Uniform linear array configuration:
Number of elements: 12
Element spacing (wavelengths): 1
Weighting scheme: cosine
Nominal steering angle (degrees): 60
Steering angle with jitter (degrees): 58.981
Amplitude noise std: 0.05
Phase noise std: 0.05

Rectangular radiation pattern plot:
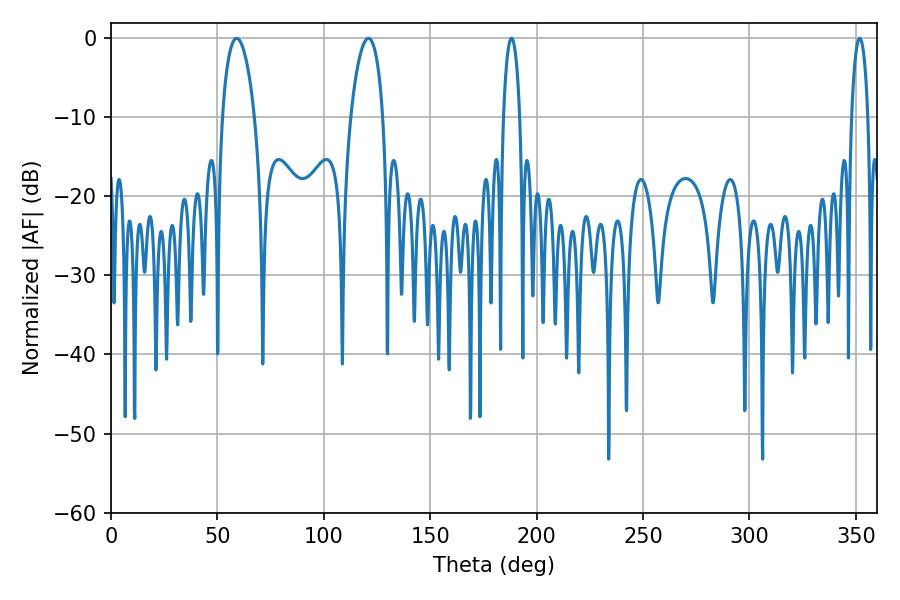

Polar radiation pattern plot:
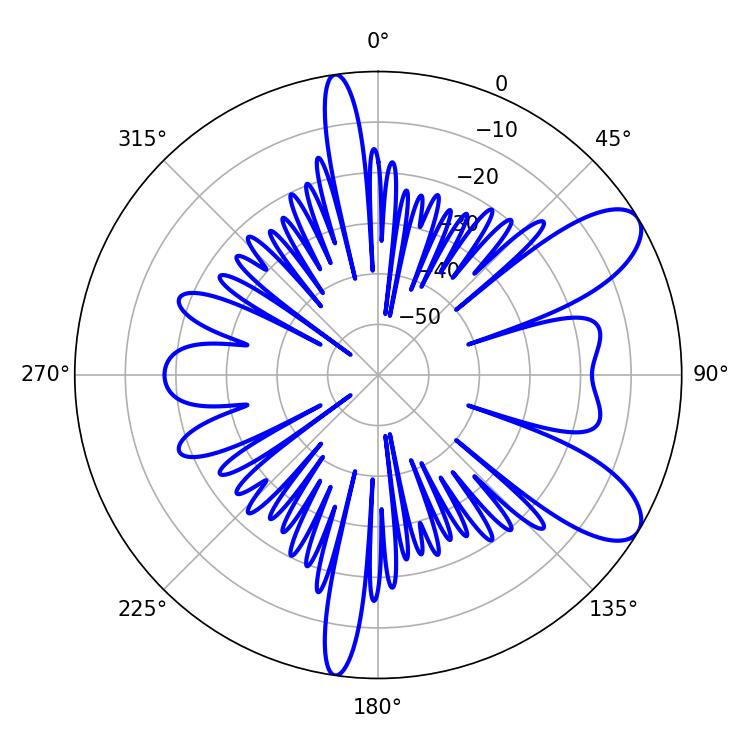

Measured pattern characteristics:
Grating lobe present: TRUE
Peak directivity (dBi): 8.963
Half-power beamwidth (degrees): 8.46
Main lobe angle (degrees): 59.04